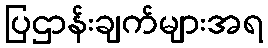
ပြဌာန်းချက်များအရ